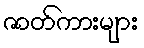
ဇာတ်ကားများ